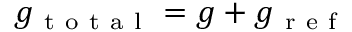
g _ { \mathrm { ~ t ~ o ~ t ~ a ~ l ~ } } = g + g _ { \mathrm { ~ r ~ e ~ f ~ } }